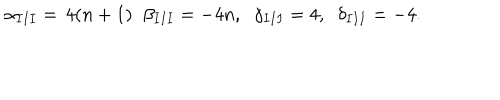
LaTeX: \alpha _ { I I I } = \, 4 ( n + 1 ) \; \; \beta _ { I I I } = - 4 n , \; \; \gamma _ { I I I } = 4 , \; \; \delta _ { I I I } = - 4 .